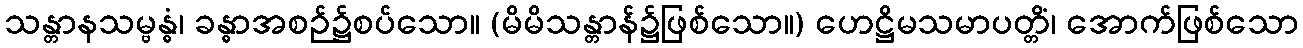
သန္တာနသမ္ဗန္ဓံ၊ ခန္ဓာအစဉ်၌စပ်သော။ (မိမိသန္တာန်၌ဖြစ်သော။) ဟေဋ္ဌိမသမာပတ္တိံ၊ အောက်ဖြစ်သော